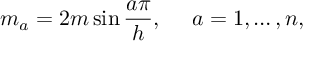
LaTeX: m _ { a } = 2 m \sin \frac { a \pi } { h } , ~ ~ ~ ~ a = 1 , \dots , n ,